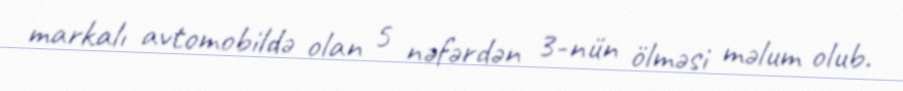
markalı avtomobildə olan 5 nəfərdən 3-nün ölməsi məlum olub.